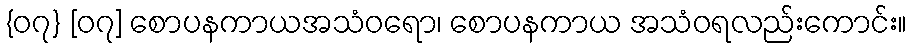
{၀၇} [၀၇] စောပနကာယအသံဝရော၊ စောပနကာယ အသံဝရလည်းကောင်း။